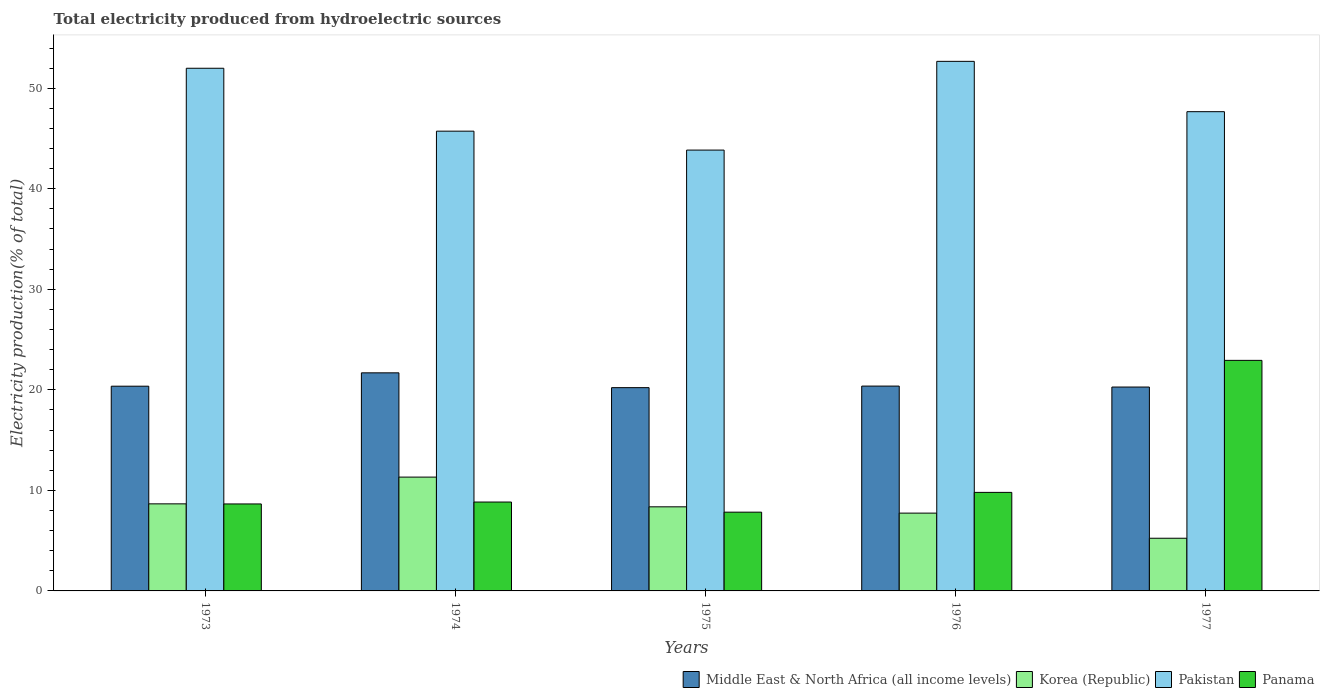
| Years | Middle East & North Africa (all income levels) | Korea (Republic) | Pakistan | Panama |
 | --- | --- | --- | --- | --- |
 | 1973 | 20.4 | 8.66 | 52 | 8.65 |
 | 1974 | 21.7 | 11.3 | 45.7 | 8.84 |
 | 1975 | 20.2 | 8.36 | 43.8 | 7.83 |
 | 1976 | 20.4 | 7.74 | 52.7 | 9.8 |
 | 1977 | 20.3 | 5.24 | 47.7 | 22.9 |